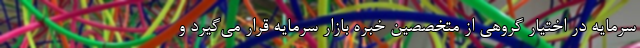
سرمایه در اختیار گروهی از متخصصین خبره بازار سرمایه قرار می‌گیرد و